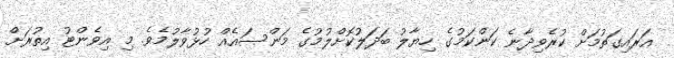
އަރައިގަތުމަށް ކުރެވިދާނެ ކަންކަމުގެ ހިޔާލު ބަދަލުކޮށްލުމުގެ މަންސައެއް ހުޅުވާލުމެވެ. މި އިވެންޓު އިތުރަށް